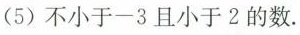
(5)不小于-3且小于2的数。